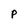
Character: P